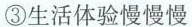
③生活体验慢慢慢